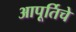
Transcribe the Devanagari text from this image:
आपूर्तिचे